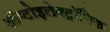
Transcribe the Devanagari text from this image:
ऑप्टोइलेक्ट्रॉनिक